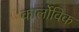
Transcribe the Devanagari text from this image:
कार्लोविक